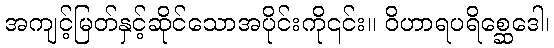
အကျင့်မြတ်နှင့်ဆိုင်သောအပိုင်းကို၎င်း။ ဝိဟာရပရိစ္ဆေဒေါ၊